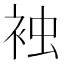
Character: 𧙽